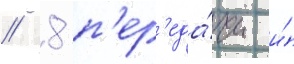
/ 8 п'ер'еда́чи и́